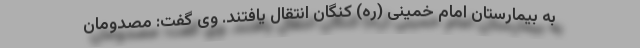
به بیمارستان امام خمینی (ره) کنگان انتقال یافتند. وی گفت: مصدومان